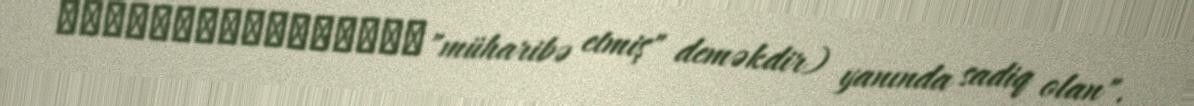
Μάιιχεςχεςχεςχες"müharibə etmiş" deməkdir) yanında sadiq olan".